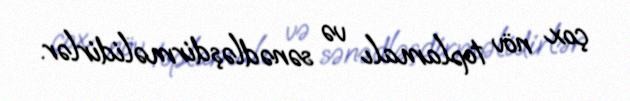
çox növ toplamalı və sənədləşdirməlidirlər.